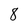
Character: 8